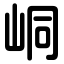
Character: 峒